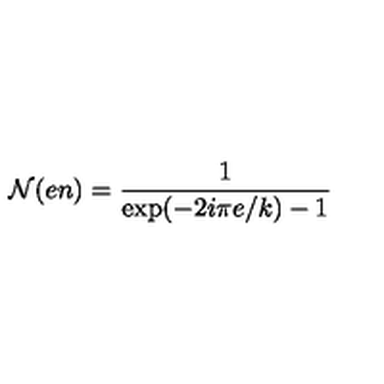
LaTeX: { \cal N } ( e n ) = \frac { 1 } { \mathrm { e x p } ( - 2 i \pi e / k ) - 1 }